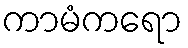
ကာမံကရော